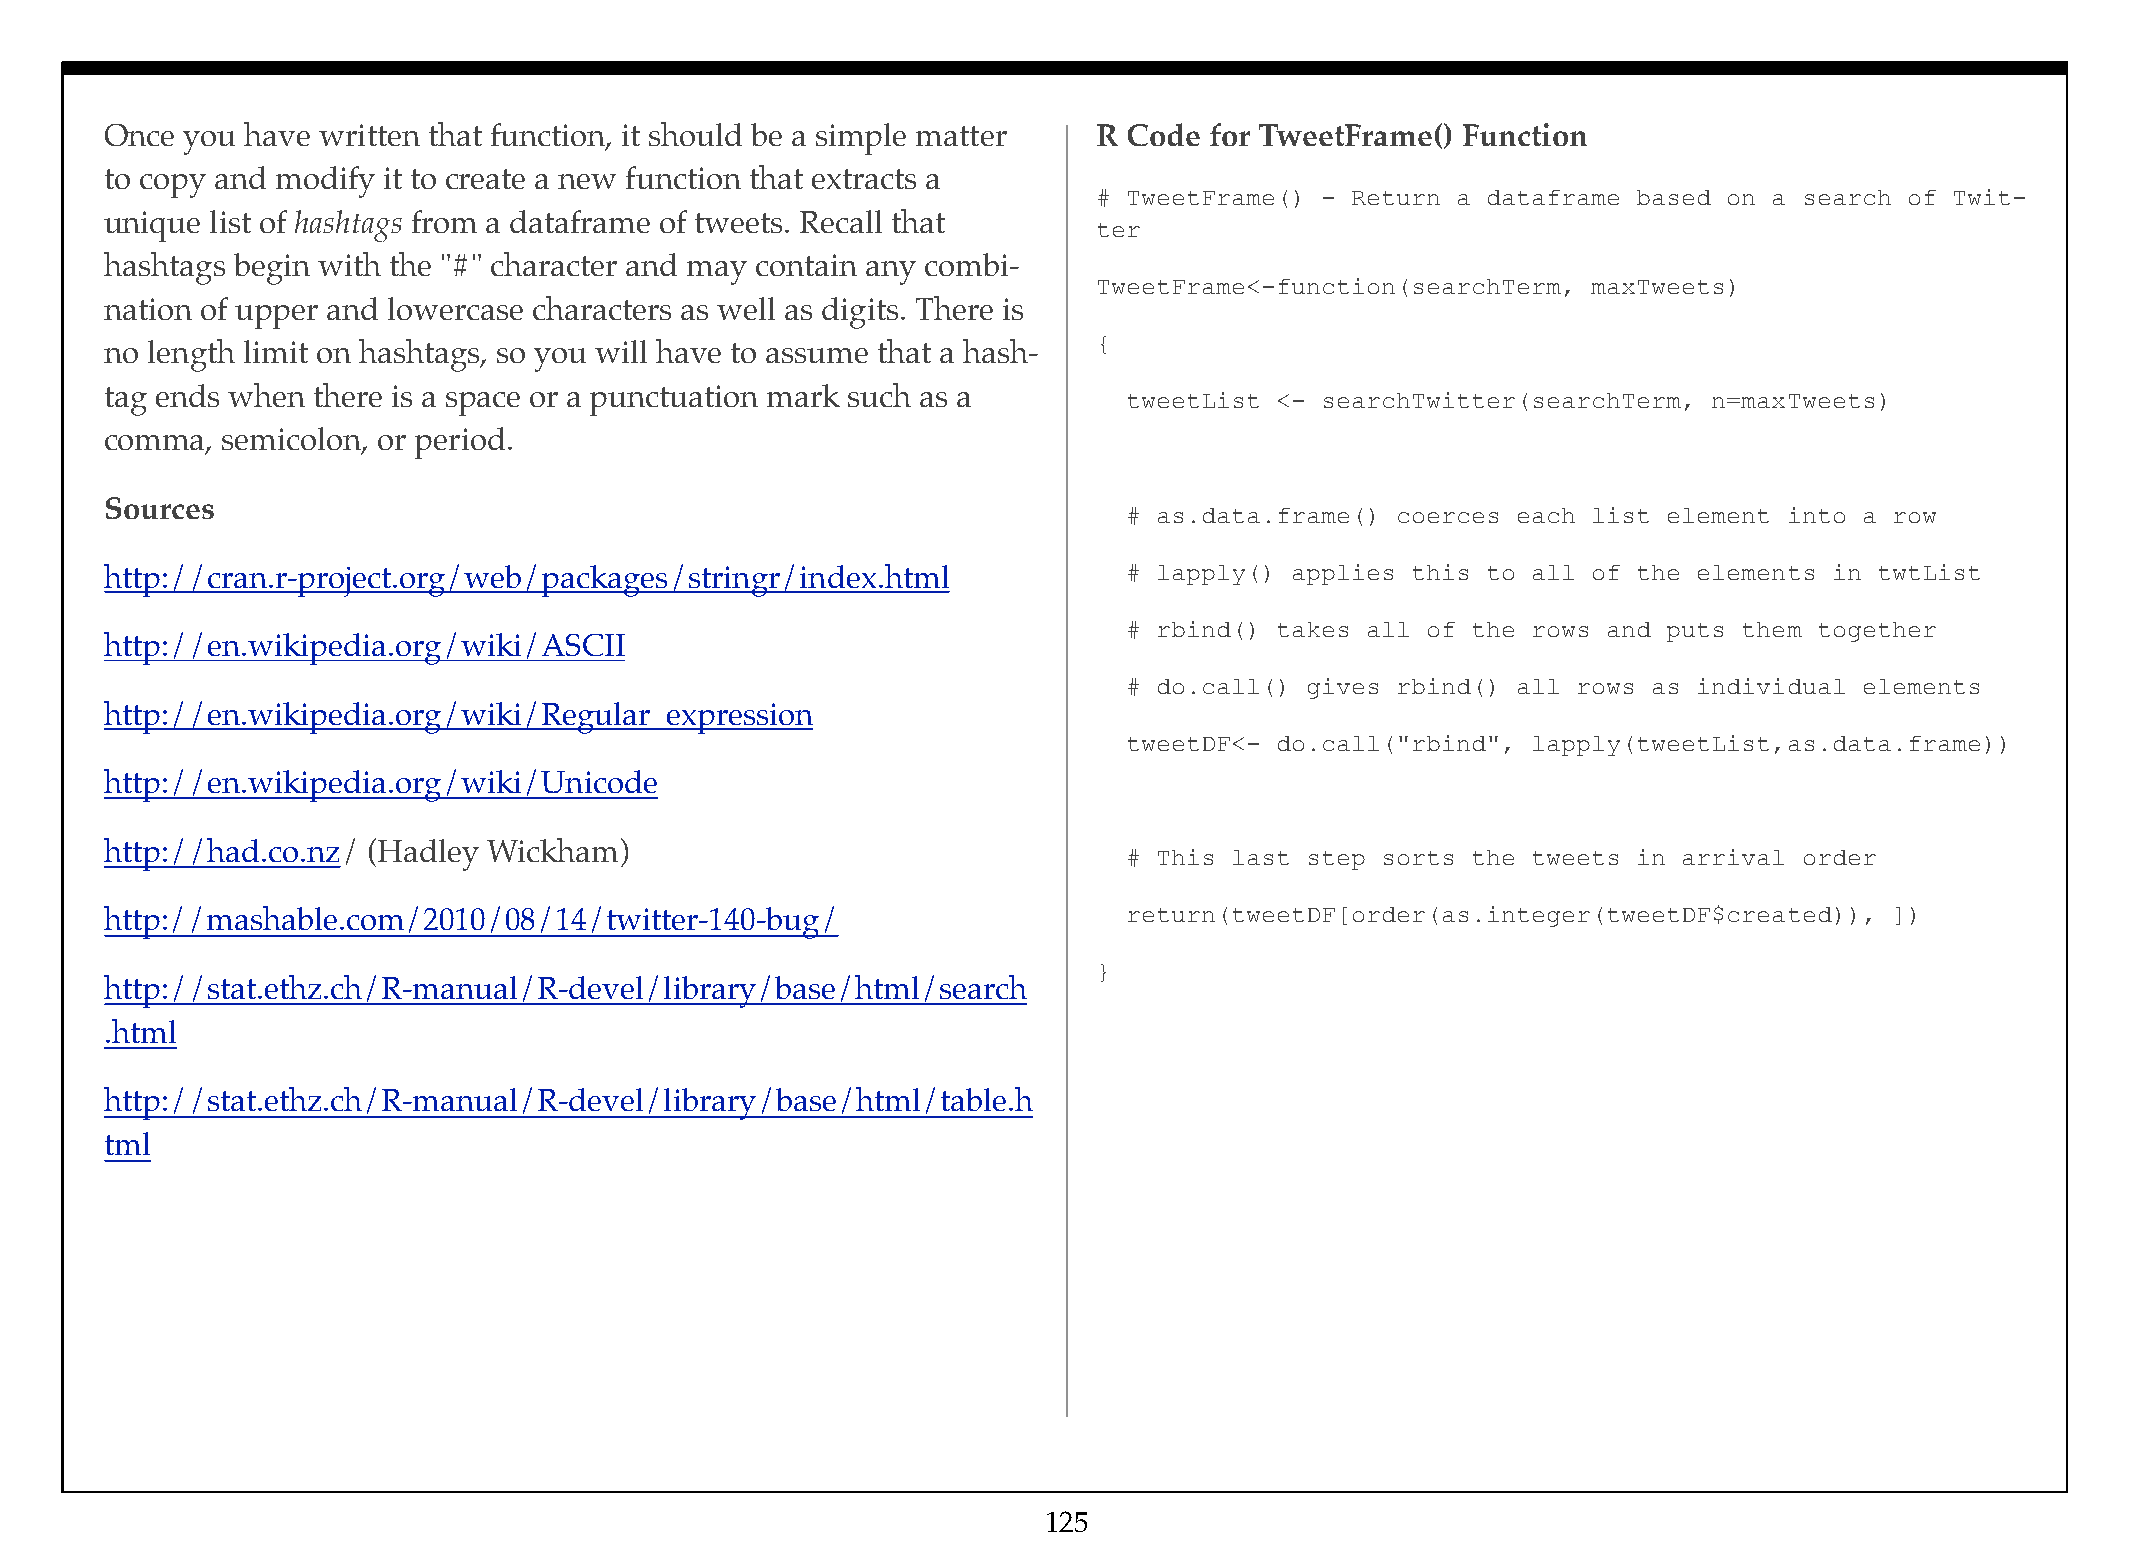
Once you have written that function, it should be a simple matter R Code for TweetFrame() Function
 to copy and modify it to create a new function that extracts a
 # TweetFrame() - Return a dataframe based on a search of Twit-
 unique list of hashtags from a dataframe of tweets. Recall that
 ter
 hashtags begin with the "#" character and may contain any combi-
 TweetFrame<-function(searchTerm, maxTweets)
 nation of upper and lowercase characters as well as digits. There is
 {
 no length limit on hashtags, so you will have to assume that a hash-
 tag ends when there is a space or a punctuation mark such as a
 tweetList <- searchTwitter(searchTerm, n=maxTweets)
 comma,  semicolon, or period.
 Sources
 # as.data.frame() coerces each list element into a row
 http://cran.r-project.org/web/packages/stringr/index.html           # lapply() applies this to all of the elements in twtList
 # rbind() takes all of the rows and puts them together
 http://en.wikipedia.org/wiki/ASCII
 # do.call() gives rbind() all rows as individual elements
 http://en.wikipedia.org/wiki/Regular_expression
 tweetDF<- do.call("rbind", lapply(tweetList,as.data.frame))
 http://en.wikipedia.org/wiki/Unicode
 http://had.co.nz/ (Hadley Wickham)
 # This last step sorts the tweets in arrival order
 http://mashable.com/2010/08/14/twitter-140-bug/                     return(tweetDF[order(as.integer(tweetDF$created)), ])
 }
 http://stat.ethz.ch/R-manual/R-devel/library/base/html/search
 .html
 http://stat.ethz.ch/R-manual/R-devel/library/base/html/table.h
 tml
 125